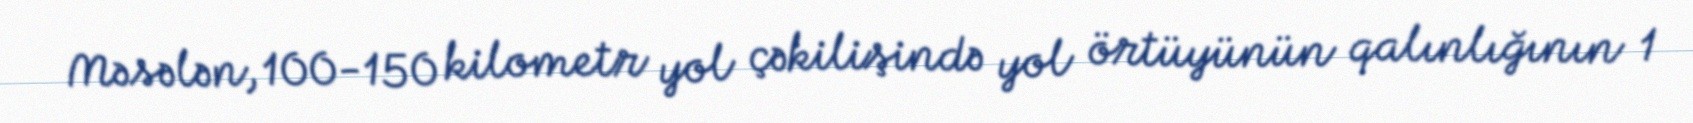
Məsələn, 100-150 kilometr yol çəkilişində yol örtüyünün qalınlığının 1